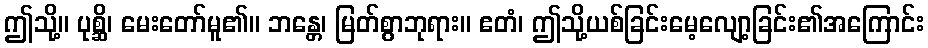
ဤသို့။ ပုစ္ဆိ၊ မေးတော်မူ၏။ ဘန္တေ၊ မြတ်စွာဘုရား။ ဧတံ၊ ဤသို့ယစ်ခြင်းမေ့လျော့ခြင်း၏အကြောင်း